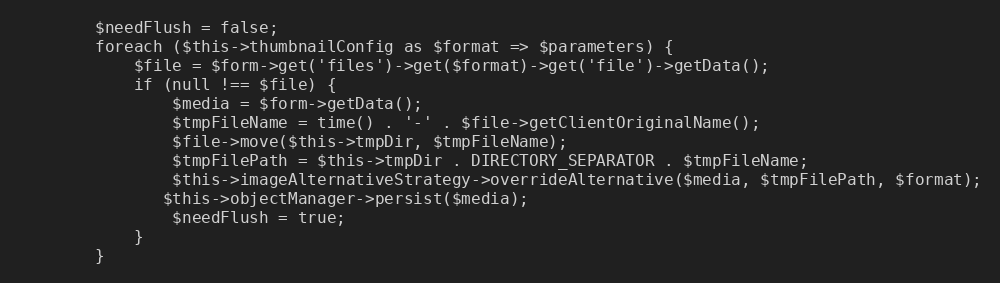
Language: PHP
        $needFlush = false;
        foreach ($this->thumbnailConfig as $format => $parameters) {
            $file = $form->get('files')->get($format)->get('file')->getData();
            if (null !== $file) {
                $media = $form->getData();
                $tmpFileName = time() . '-' . $file->getClientOriginalName();
                $file->move($this->tmpDir, $tmpFileName);
                $tmpFilePath = $this->tmpDir . DIRECTORY_SEPARATOR . $tmpFileName;
                $this->imageAlternativeStrategy->overrideAlternative($media, $tmpFilePath, $format);
               $this->objectManager->persist($media);
                $needFlush = true;
            }
        }